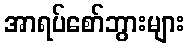
အာရပ်စော်ဘွားများ